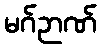
မဂ်ဉာဏ်